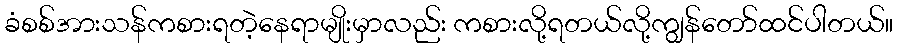
ခံစစ်အားသန်ကစားရတဲ့နေရာမျိုးမှာလည်း ကစားလို့ရတယ်လို့ကျွန်တော်ထင်ပါတယ်။